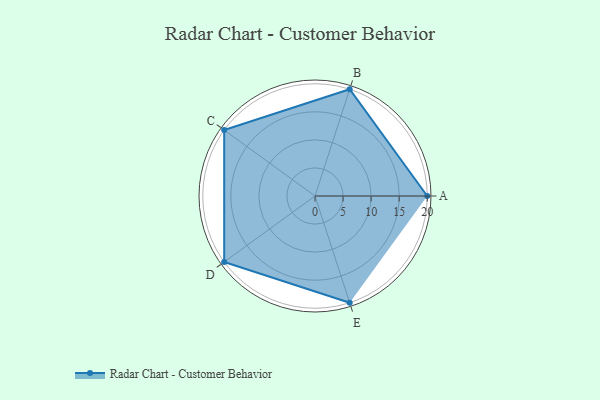
{"axis": {"x": "Skill", "y": "Score"}, "legend": ["Profile"], "data": [{"x": "A", "y": 20, "type": "Profile"}, {"x": "B", "y": 20, "type": "Profile"}, {"x": "C", "y": 20, "type": "Profile"}, {"x": "D", "y": 20, "type": "Profile"}, {"x": "E", "y": 20, "type": "Profile"}]}